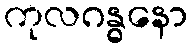
ကုလဂန္ဓနော